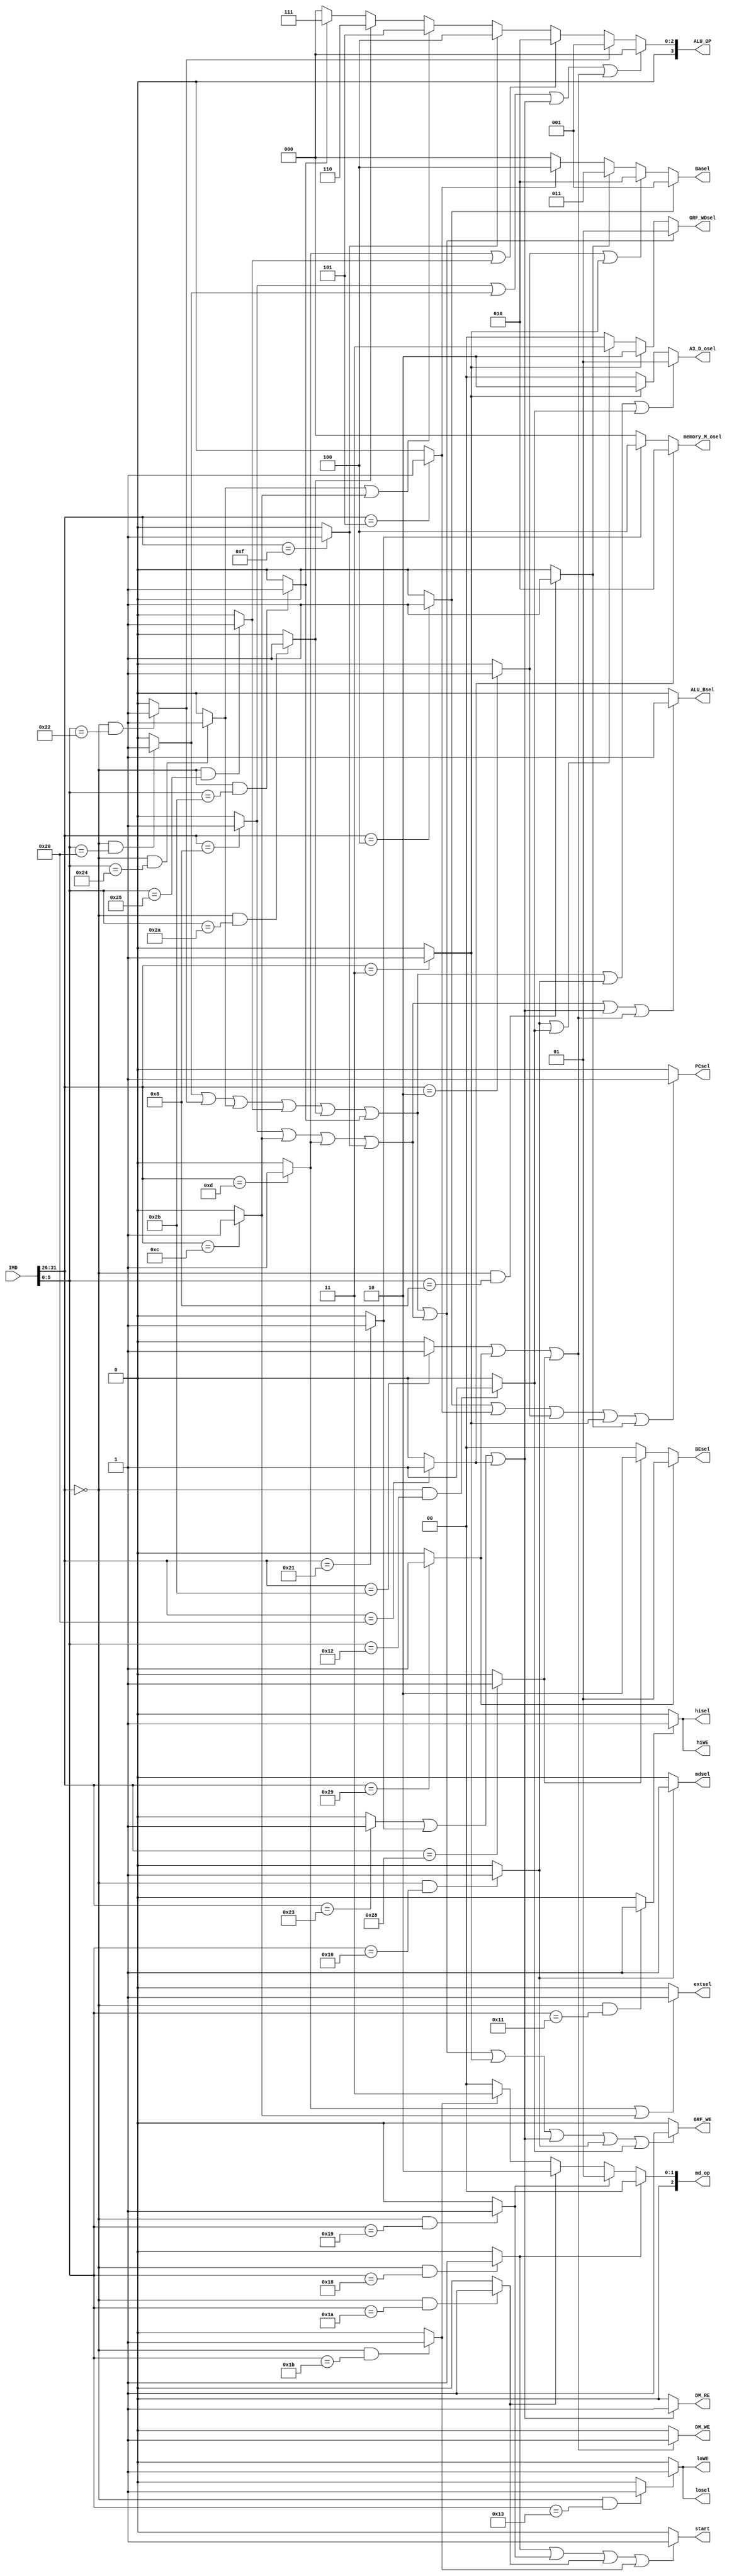
`timescale 1ns / 1ps
//////////////////////////////////////////////////////////////////////////////////
// Company: 
// Engineer: 
// 
// Design Name: 
// Module Name:    Controller 
// Project Name: 
// Target Devices: 
// Tool versions: 
// Description: 
//
// Dependencies: 
//
// Revision: 
// Revision 0.01 - File Created
// Additional Comments: 
//
//////////////////////////////////////////////////////////////////////////////////
module Controller(
    input [31:0] IMD,
	 //controller signal
	 output PCsel,
	        //IFU
	 output [1:0] A3_D_osel,
    output extsel,
    output [2:0] Basel,
	 output GRF_WE,
	        //Decode
	 output [3:0] ALU_OP,
	 output ALU_Bsel,
	        //ALU
	 output DM_WE,
	 output DM_RE,
	 output [1:0] BEsel,
	 output [2:0] memory_M_osel,
           //MD
    output [2:0] md_op,
    output start,
    output mdsel,
    output losel,
    output loWE,
    output hisel,
    output hiWE,	 
	        //Memory
	 output [1:0] GRF_WDsel
	        //Write
    );
//Controller
//add instructions
wire add,sub,and_,or_,slt,sltu,lui;
wire addi,andi,ori;
wire lb,lh,lw,sb,sh,sw;
wire mult,multu,div,divu,mfhi,mflo,mthi,mtlo;
wire beq,bne,j,jal,jr;
assign add=(IMD[31:26]==6'b000000 && IMD[5:0]==6'b100000)? 1:0;
assign sub=(IMD[31:26]==6'b000000 && IMD[5:0]==6'b100010)? 1:0;
assign ori=(IMD[31:26]==6'b001101)? 1:0;
assign lw=(IMD[31:26]==6'b100011)? 1:0;
assign sw=(IMD[31:26]==6'b101011)? 1:0;
assign lui=(IMD[31:26]==6'b001111)? 1:0;
assign beq=(IMD[31:26]==6'b000100)? 1:0;
assign j=(IMD[31:26]==6'b000010)? 1:0;
assign jal=(IMD[31:26]==6'b000011)? 1:0;
assign jr=(IMD[31:26]==6'b000000 && IMD[5:0]==6'b001000)? 1:0;
assign and_=(IMD[31:26]==6'b000000 && IMD[5:0]==6'b100100)? 1:0;
assign or_=(IMD[31:26]==6'b000000 && IMD[5:0]==6'b100101)?1:0;
assign slt=(IMD[31:26]==6'b000000 && IMD[5:0]==6'b101010)?1:0;
assign sltu=(IMD[31:26]==6'b000000 && IMD[5:0]==6'b101011)?1:0;
assign addi=(IMD[31:26]==6'b001000)?1:0;
assign andi=(IMD[31:26]==6'b001100)?1:0;
assign lb=(IMD[31:26]==6'b100000)?1:0;
assign lh=(IMD[31:26]==6'b100001)?1:0;
assign sb=(IMD[31:26]==6'b101000)?1:0;
assign sh=(IMD[31:26]==6'b101001)?1:0;
assign mult=(IMD[31:26]==6'b000000 && IMD[5:0]==6'b011000)?1:0;
assign multu=(IMD[31:26]==6'b000000 && IMD[5:0]==6'b011001)?1:0;
assign div=(IMD[31:26]==6'b000000 && IMD[5:0]==6'b011010)?1:0;
assign divu=(IMD[31:26]==6'b000000 && IMD[5:0]==6'b011011)?1:0;
assign mfhi=(IMD[31:26]==6'b000000 && IMD[5:0]==6'b010000)?1:0;
assign mflo=(IMD[31:26]==6'b000000 && IMD[5:0]==6'b010010)?1:0;
assign mthi=(IMD[31:26]==6'b000000 && IMD[5:0]==6'b010001)?1:0;
assign mtlo=(IMD[31:26]==6'b000000 && IMD[5:0]==6'b010011)?1:0;
assign bne=(IMD[31:26]==6'b000101)?1:0;

//sort the instructions
wire load,upload,R,I,Br;
assign load=lw|lh|lb;
assign upload=sw|sh|sb;
assign R=add|sub|and_|or_|slt|sltu;
assign I=addi|andi|ori|lui;
assign Br=beq|bne;

//change controller signal
assign PCsel=(Br|j|jal|jr)? 1:0;
assign GRF_WE=(R|I|jal|load|mfhi|mflo)? 1:0;
assign ALU_OP=(addi|add|load|upload)? 4'b0000:
              (sub)? 4'b0001:
				  (ori|or_)? 4'b0010:
				  (lui)? 4'b0100:
				  (and_|andi)? 4'b0101:
				  (slt)? 4'b0110:
				  (sltu)? 4'b0111:0;
assign DM_WE=(upload)? 1:0;
assign DM_RE=(load)? 1:0;
assign A3_D_osel=(R|mfhi|mflo)? 2'b01:
                 (jal)? 2'b10:2'b00;
assign GRF_WDsel=(R|I)? 2'b01:
                 (jal)? 2'b10:
					  (mfhi|mflo)?2'b11:0;
assign ALU_Bsel=(I|load|upload)? 1:0;
assign Basel=(beq)? 3'b001:
             (j|jal)? 3'b010:
				 (jr)? 3'b011:
				 (bne)? 3'b100:3'b000;
assign extsel=(ori|andi)?1:0;
assign BEsel=(sh)?2'b01:
             (sb)?2'b10:2'b00;
assign memory_M_osel=(lb)?3'b010:
                     (lh)?3'b100:3'b000;
assign md_op=(mult)?3'b000:
             (multu)?3'b001:
				 (div)?3'b010:
				 (divu)?3'b011:3'b000;
assign start=(mult|multu|div|divu)?1:0;
assign mdsel=(mfhi)?1:0;
assign losel=(mtlo)?1:0;
assign hisel=(mthi)?1:0;
assign loWE=(mtlo)?1:0;
assign hiWE=(mthi)?1:0;
endmodule